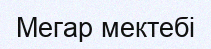
Мегар мектебі